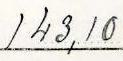
143,10